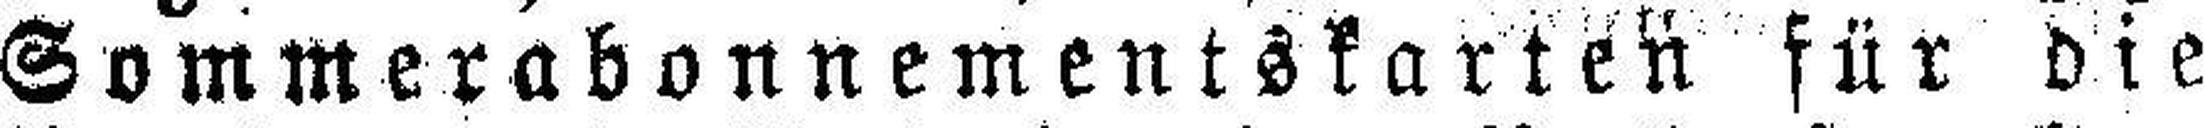
Sommerabonnementskarten für die